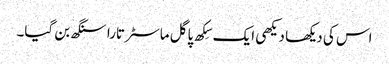
اس کی دیکھا دیکھی ایک سِکھ پاگل ماسٹر تارا سنگھ بن گیا۔